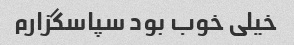
خیلی خوب بود سپاسگزارم